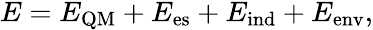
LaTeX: \begin{array}{r}{E=E_{\mathrm{QM}}+E_{\mathrm{es}}+E_{\mathrm{ind}}+E_{\mathrm{env}},}\end{array}